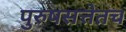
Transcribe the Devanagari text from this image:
पुरुषसत्तेतच